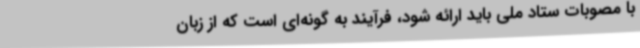
با مصوبات ستاد ملی باید ارائه شود، فرآیند به گونه‌ای است که از زبان